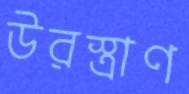
উরস্ত্রাণ